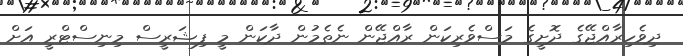
ދިވެހިރާއްޖޭގެ ދޮށީގެ މަސްވެރިކަން ރާއްޖޭން ނެތެމުން ދާކަން މީ ފިޝަރީސް މިނިސްޓްރީ އަށް